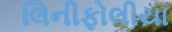
લિનીફોલીયા